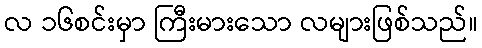
လ ၁၆စင်းမှာ ကြီးမားသော လများဖြစ်သည်။